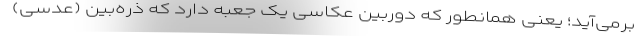
برمی‌آید؛ یعنی همانطور که دوربین عکاسی یک جعبه دارد که ذره‌بین (عدسی)